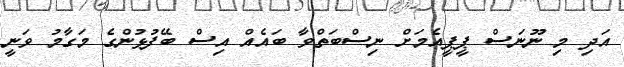
އަދި މި ނޫނަސް ޕީޕީއެމަށް ނިސްބަތްވާ ބައެއް އިސް ބޭފުޅުންގެ މަގާމު ވަނީ